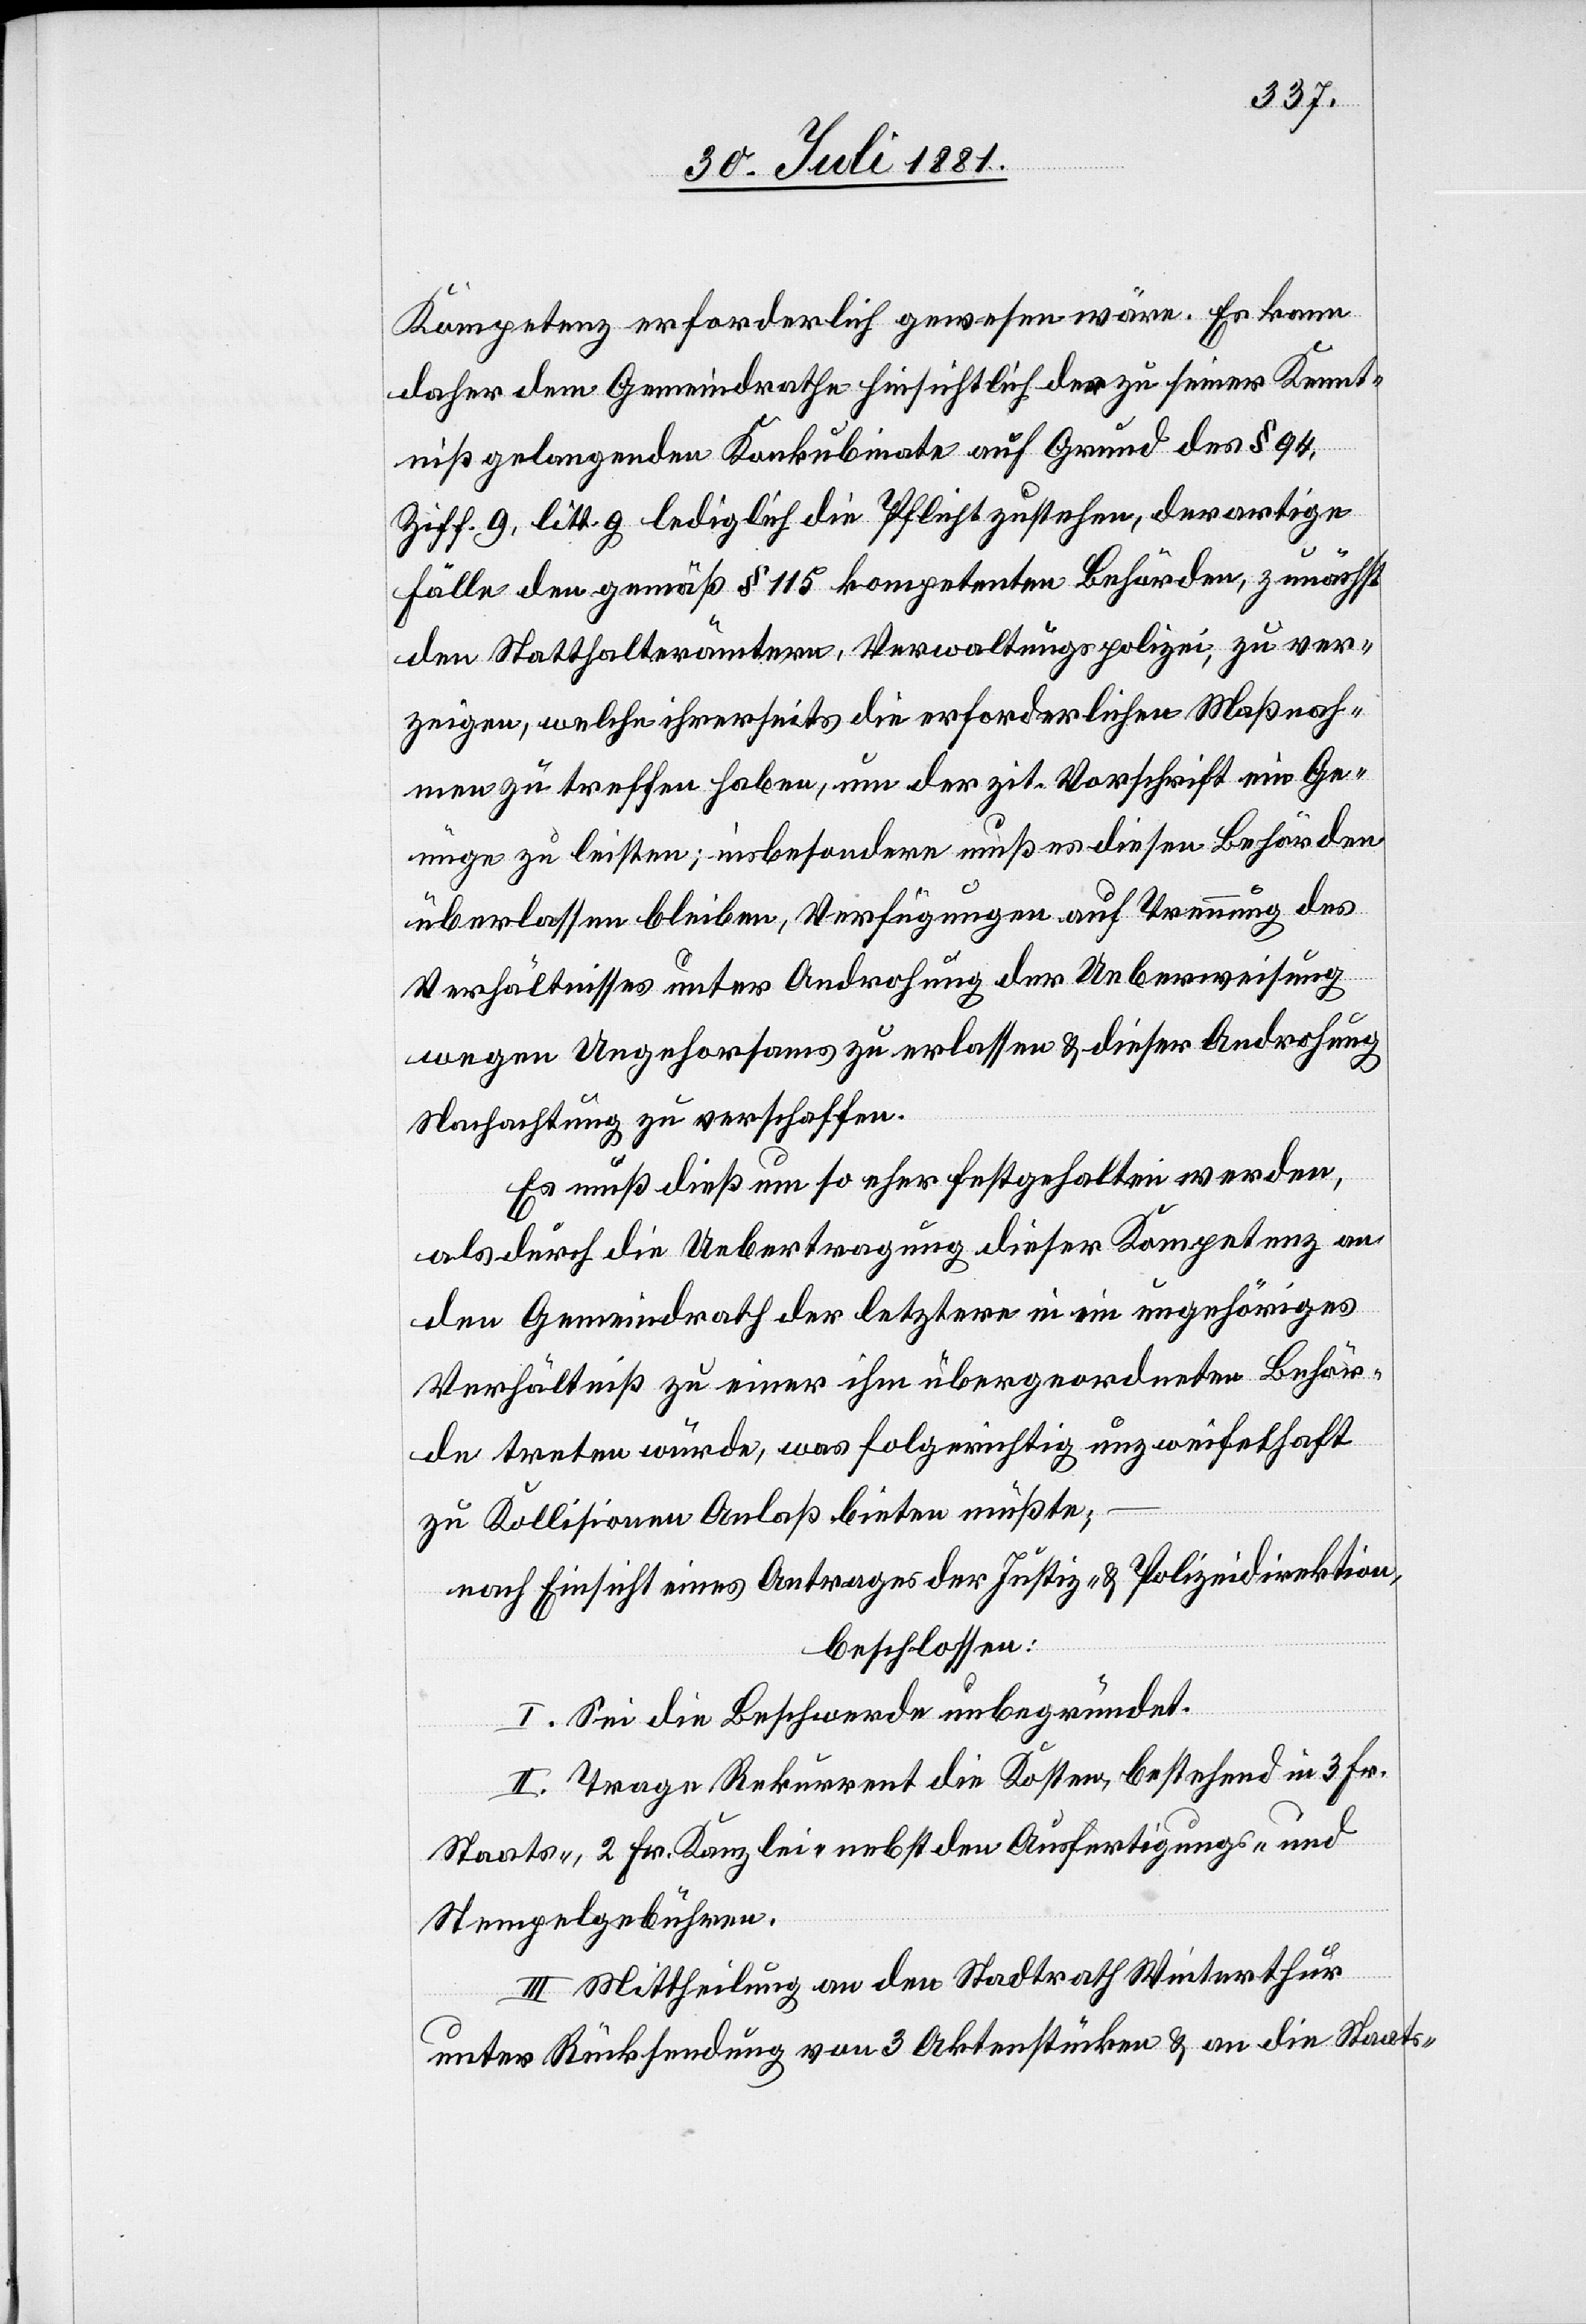
Kompetenz erforderlich gewesen wäre. Es kann
daher dem Gemeindrathe hinsichtlich der zu seiner Kennt¬
niß gelangenden Konkubinate auf Grund des § 94,
Ziff. 9, litt. g lediglich die Pflicht zustehen, derartige
Fälle den gemäß § 118 kompetenten Behörden, zunächst
den Statthalterämtern, Verwaltungspolizei, zu ver¬
zeigen, welche ihrerseits die erforderlichen Maßnah¬
men zu treffen haben, um der zit. Vorschrift ein Ge¬
nüge zu leisten; insbesondere muß es diesen Behörden
überlassen bleiben, Verfügungen auf Trennung des
Verhältnisses unter Androhung der Ueberweisung
wegen Ungehorsams zu erlassen & dieser Androhung
Nachachtung zu verschaffen.
Es muß dieß um so eher festgehalten werden,
als durch die Uebertragung dieser Kompetenz an
den Gemeindrath der letztere in ein ungehöriges
Verhältniß zu einer ihm übergeordneten Behör¬
de treten würde, was folgerichtig unzweifelhaft
zu Kollision Anlaß bieten müßte;
nach Einsicht eines Antrages der Justiz- & Polizeidirektion,
beschlossen:
I. Sei die Beschwerde unbegründet.
II. Trage Rekurrent die Kosten, bestehend in 3 Fr.
Staats-, 2 Fr. Kanzlei- nebst den Ausfertigungs- &
Stempelgebühren.
III. Mittheilung an den Stadtrath Winterthur
unter Rückstellung von 3 Aktenstücken & an die Staats-